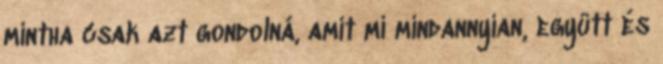
mintha csak azt gondolná, amit mi mindannyian, együtt és